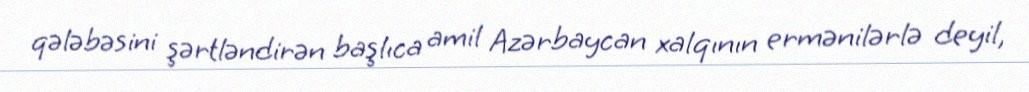
qələbəsini şərtləndirən başlıca amil Azərbaycan xalqının ermənilərlə deyil,